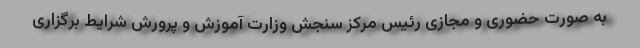
به صورت حضوری و مجازی رئیس مرکز سنجش وزارت آموزش و پرورش شرایط برگزاری